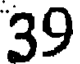
39